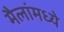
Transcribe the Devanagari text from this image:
मैलांमध्ये